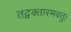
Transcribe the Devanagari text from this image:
तद्वक्तारमवतु।